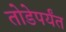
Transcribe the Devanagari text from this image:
तोडेपर्यंत